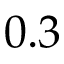
0 . 3